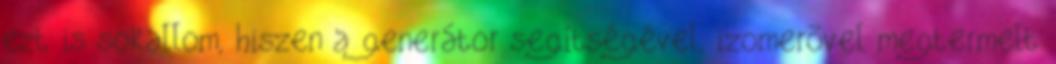
ezt is sokallom, hiszen a generátor segítségével, izomerõvel megtermelt